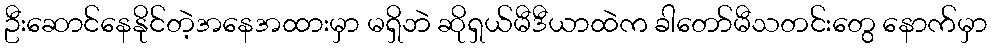
ဦးဆောင်နေနိုင်တဲ့အနေအထားမှာ မရှိဘဲ ဆိုရှယ်မီဒီယာထဲက ခါတော်မီသတင်းတွေ နောက်မှာ